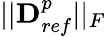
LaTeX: ||\boldsymbol{\textbf{D}}_{ref}^{p}||_{F}